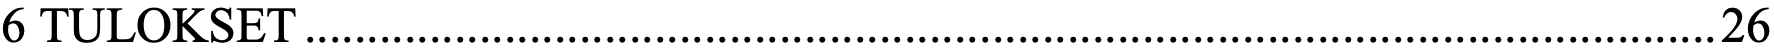
6 TULOKSET ................................................................................................................. 26